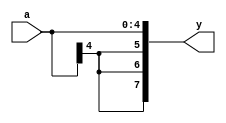
module signext7(input  [4:0] a,output [7:0] y);
 assign y = {{5{a[4]}}, a};
endmodule